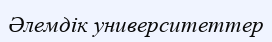
Әлемдік университеттер